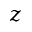
z